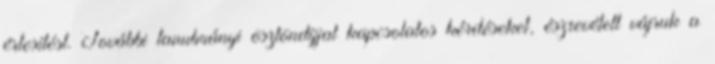
értesítést. További tanulmányi ösztöndíjjal kapcsolatos kérdéseket, észrevételt vájruk a